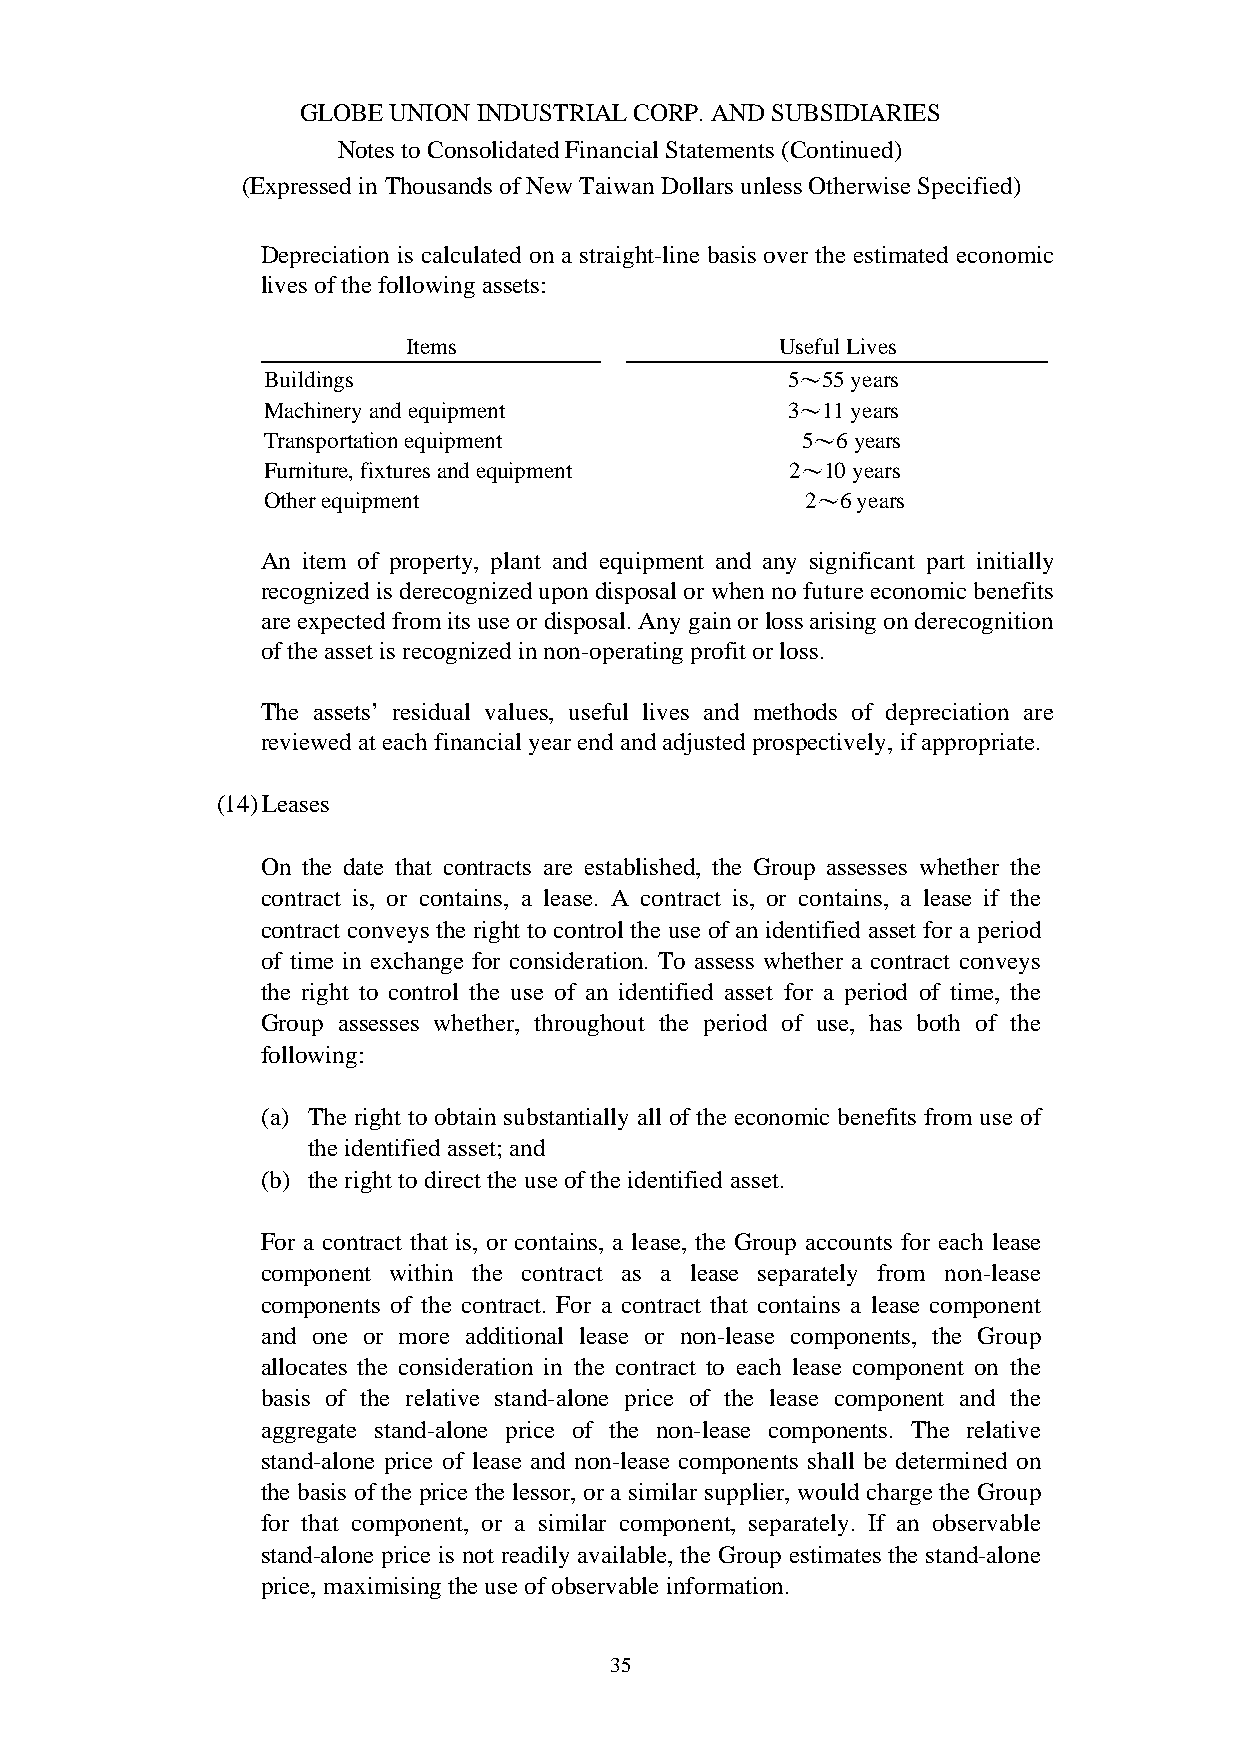
GLOBE UNION INDUSTRIAL CORP. AND SUBSIDIARIES
 Notes to Consolidated Financial Statements (Continued)
 (Expressed in Thousands of New Taiwan Dollars unless Otherwise Specified)
 Depreciation is calculated on a straight-line basis over the estimated economic
 lives of the following assets:
 Items                    Useful Lives
 Buildings                          5〜55 years
 Machinery and equipment            3〜11 years
 Transportation equipment            5〜6years
 Furniture, fixtures and equipment  2〜10 years
 Other equipment                     2〜6 years
 An item of property, plant and equipment and any significant part initially
 recognized is derecognized upon disposal or when no future economic benefits
 are expected from its use or disposal. Any gain or loss arising on derecognition
 of the asset is recognized in non-operating profit or loss.
 The assets’ residual values, useful lives and methods of depreciation are
 reviewed at each financial year end and adjusted prospectively, if appropriate.
 (14)Leases
 On the date that contracts are established, the Group assesses whether the
 contract is, or contains, a lease. A contract is, or contains, a lease if the
 contract conveys the right to control the use of an identified asset for a period
 of time in exchange for consideration. To assess whether a contract conveys
 the right to control the use of an identified asset for a period of time, the
 Group assesses whether, throughout the period of use, has both of the
 following:
 (a) The right to obtain substantially all of the economic benefits from use of
 the identified asset; and
 (b) the right to direct the use of the identified asset.
 For a contract that is, or contains, a lease, the Group accounts for each lease
 component within the contract as a lease separately from non-lease
 components of the contract. For a contract that contains a lease component
 and one or more additional lease or non-lease components, the Group
 allocates the consideration in the contract to each lease component on the
 basis of the relative stand-alone price of the lease component and the
 aggregate stand-alone price of the non-lease components. The relative
 stand-alone price of lease and non-lease components shall be determined on
 the basis of the price the lessor, or a similar supplier, would charge the Group
 for that component, or a similar component, separately. If an observable
 stand-alone price is not readily available, the Group estimates the stand-alone
 price, maximising the use of observable information.
 35